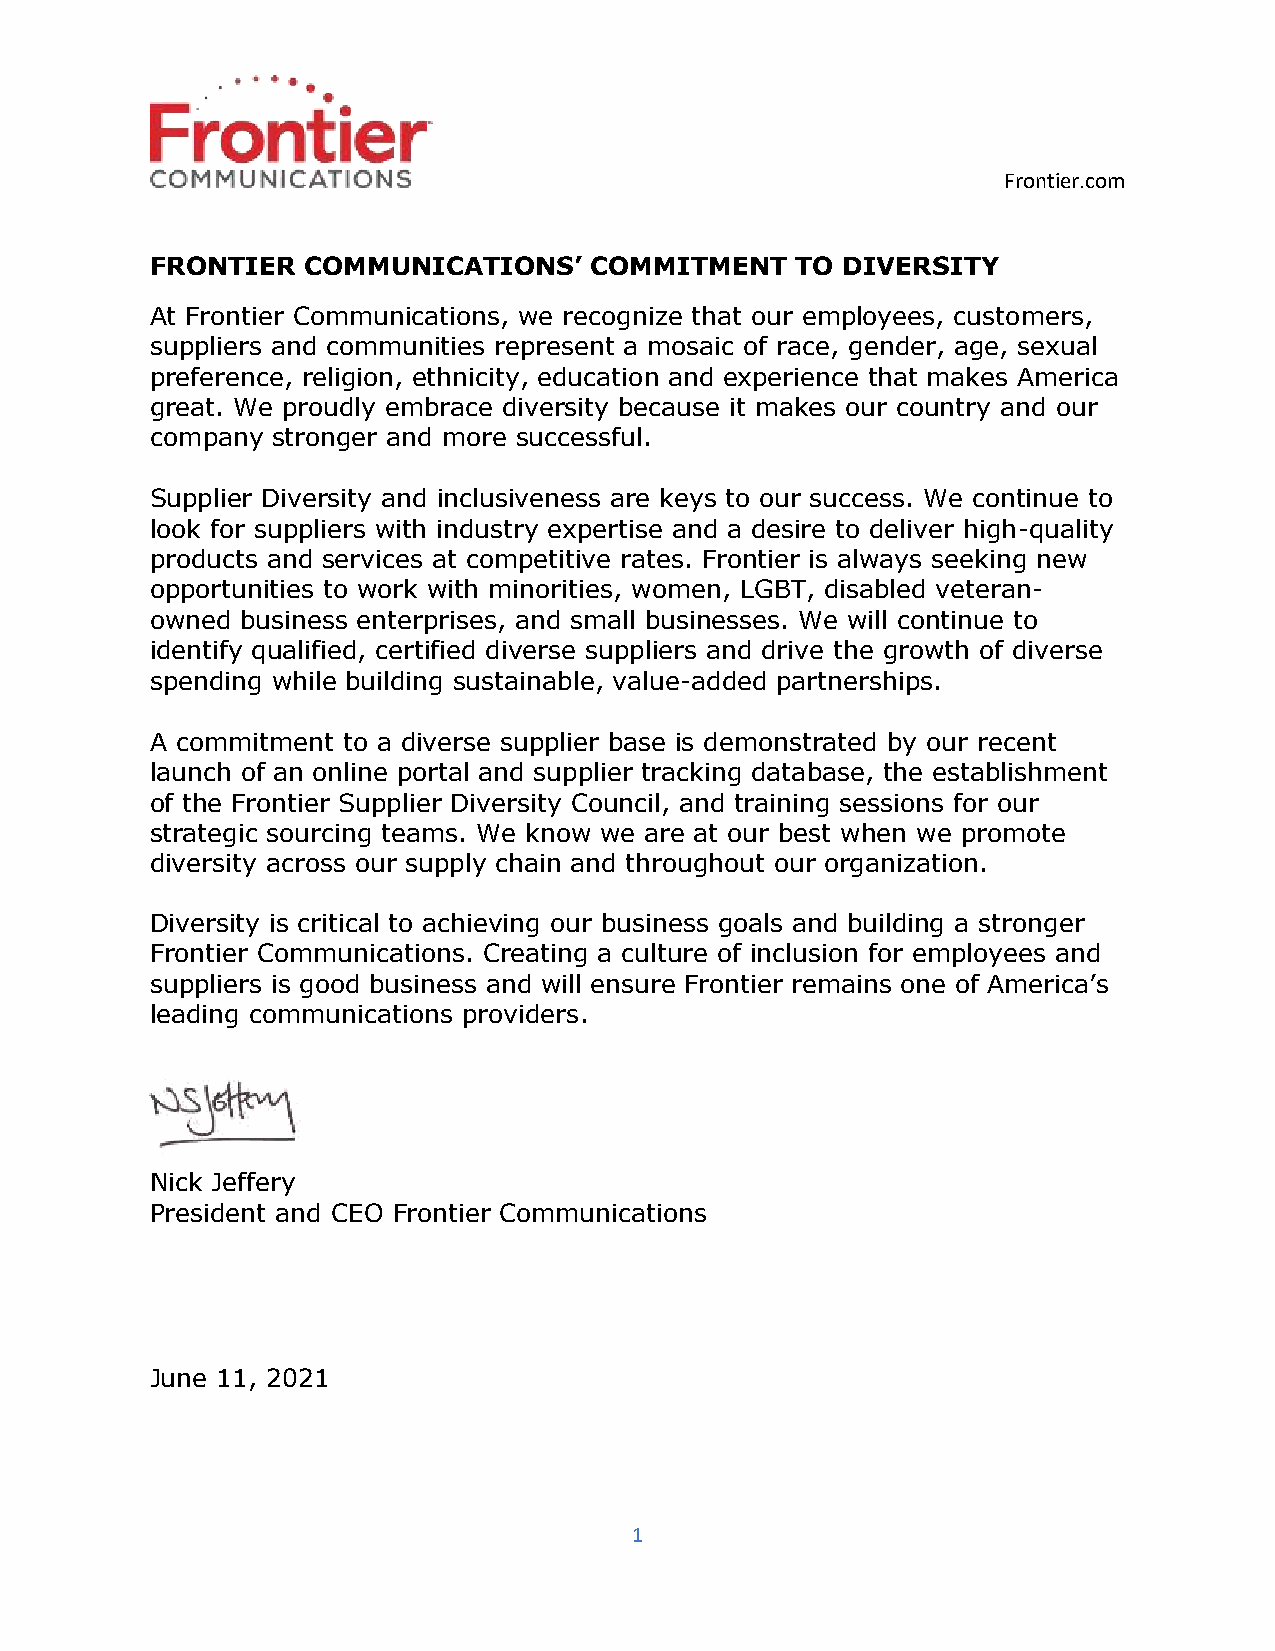
Frontier.com
 FRONTIER  COMMUNICATIONS’    COMMITMENT    TO DIVERSITY
 At Frontier Communications, we recognize that our employees, customers,
 suppliers and communities represent a mosaic of race, gender, age, sexual
 preference, religion, ethnicity, education and experience that makes America
 great. We proudly embrace diversity because it makes our country and our
 company stronger and more successful.
 Supplier Diversity and inclusiveness are keys to our success. We continue to
 look for suppliers with industry expertise and a desire to deliver high-quality
 products and services at competitive rates. Frontier is always seeking new
 opportunities to work with minorities, women, LGBT, disabled veteran-
 owned business enterprises, and small businesses. We will continue to
 identify qualified, certified diverse suppliers and drive the growth of diverse
 spending while building sustainable, value-added partnerships.
 A commitment to a diverse supplier base is demonstrated by our recent
 launch of an online portal and supplier tracking database, the establishment
 of the Frontier Supplier Diversity Council, and training sessions for our
 strategic sourcing teams. We know we are at our best when we promote
 diversity across our supply chain and throughout our organization.
 Diversity is critical to achieving our business goals and building a stronger
 Frontier Communications. Creating a culture of inclusion for employees and
 suppliers is good business and will ensure Frontier remains one of America’s
 leading communications providers.
 Nick Jeffery
 President and CEO Frontier Communications
 June 11, 2021
 1